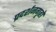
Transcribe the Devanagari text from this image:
प्रदर्शनगृहों